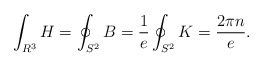
\begin{align*}\int_{R^3} H= \oint_{S^2}B =\frac{1}{e}\oint_{S^2} K = \frac{2\pi n }{e} .\end{align*}